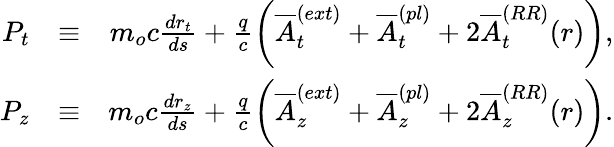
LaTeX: \begin{array}{rlr}{P_{t}}&{\equiv}&{m_{o}c\frac{dr_{t}}{ds}+\frac{q}{c}\left(\overline{{A}}_{t}^{(ext)}+\overline{{A}}_{t}^{(pl)}+2\overline{{A}}_{t}^{(RR)}(r)\right),}\\ {P_{z}}&{\equiv}&{m_{o}c\frac{dr_{z}}{ds}+\frac{q}{c}\left(\overline{{A}}_{z}^{(ext)}+\overline{{A}}_{z}^{(pl)}+2\overline{{A}}_{z}^{(RR)}(r)\right).}\end{array}